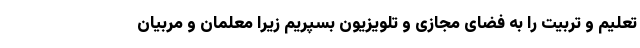
تعلیم و تربیت را به فضای مجازی و تلویزیون بسپریم زیرا معلمان و مربیان